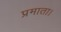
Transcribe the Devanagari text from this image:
प्रमाता।